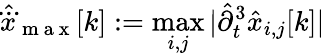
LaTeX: \hat{\dddot{x}}_{\mathrm{~m~a~x~}}[k]:=\operatorname*{max}_{i,j}|\hat{\partial}_{t}^{3}\hat{x}_{i,j}[k]|